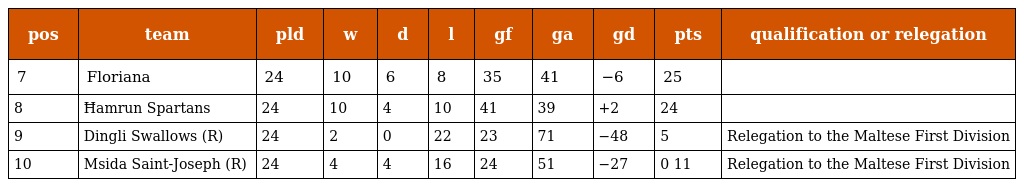
| pos | team | pld | w | d | l | gf | ga | gd | pts | qualification or relegation |
 | --- | --- | --- | --- | --- | --- | --- | --- | --- | --- | --- |
 | 7 | Floriana | 24 | 10 | 6 | 8 | 35 | 41 | −6 | 25 |  |
 | 8 | Ħamrun Spartans | 24 | 10 | 4 | 10 | 41 | 39 | +2 | 24 |  |
 | 9 | Dingli Swallows (R) | 24 | 2 | 0 | 22 | 23 | 71 | −48 | 5 | Relegation to the Maltese First Division |
 | 10 | Msida Saint-Joseph (R) | 24 | 4 | 4 | 16 | 24 | 51 | −27 | 0 11 | Relegation to the Maltese First Division |